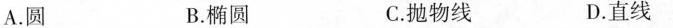
A.圆 B.椭圆 C.抛物线 D.直线